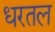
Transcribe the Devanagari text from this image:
धरतल